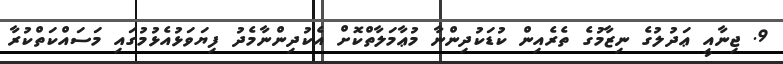
9. ޖިނާއީ ޢަދުލުގެ ނިޒާމުގެ ތެރެއިން ކުޑަކުދިންނާ މުޢާމަލާތްކޮށް އެކުދިންނާމެދު ފިޔަވަޅުއެޅުމުގައި މަސައްކަތްކުރާ